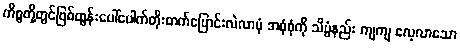
ကိစ္စတို့တွင်ဖြစ်ထွန်းပေါ်ပေါက်တိုးတက်ပြောင်းလဲလာပုံ အစုံစုံကို သိပ္ပံနည်း ကျကျ လေ့လာသော